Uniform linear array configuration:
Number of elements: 16
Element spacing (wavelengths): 0.5
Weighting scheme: uniform
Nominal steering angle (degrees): -15
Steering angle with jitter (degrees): -16.133
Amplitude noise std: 0.05
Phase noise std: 0.05

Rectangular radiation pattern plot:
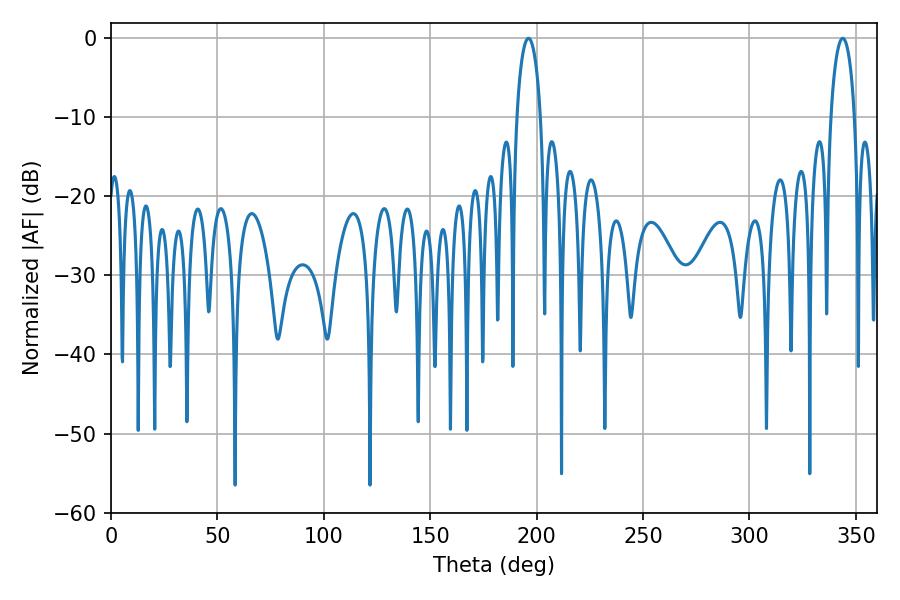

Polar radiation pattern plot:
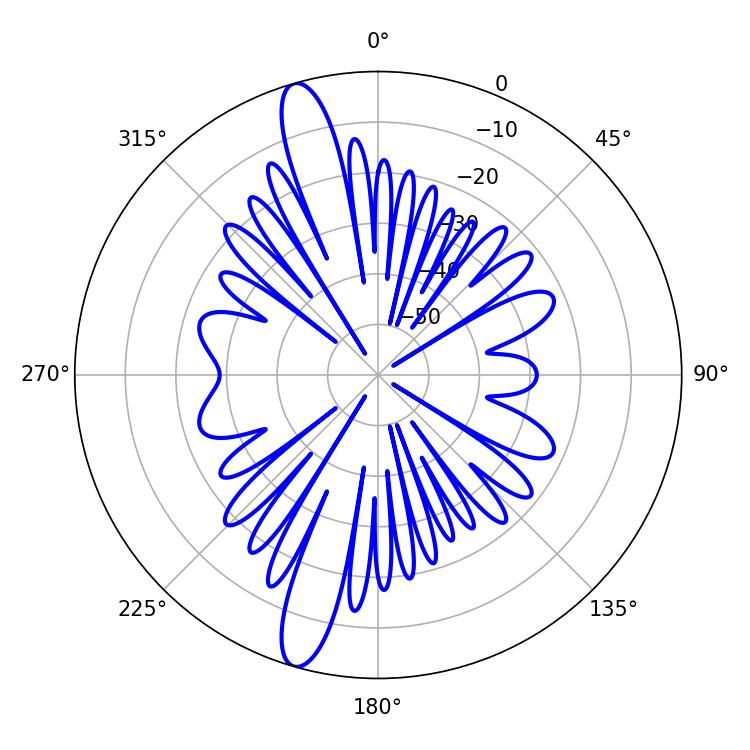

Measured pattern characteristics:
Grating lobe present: FALSE
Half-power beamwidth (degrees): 6.48
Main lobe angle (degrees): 343.8